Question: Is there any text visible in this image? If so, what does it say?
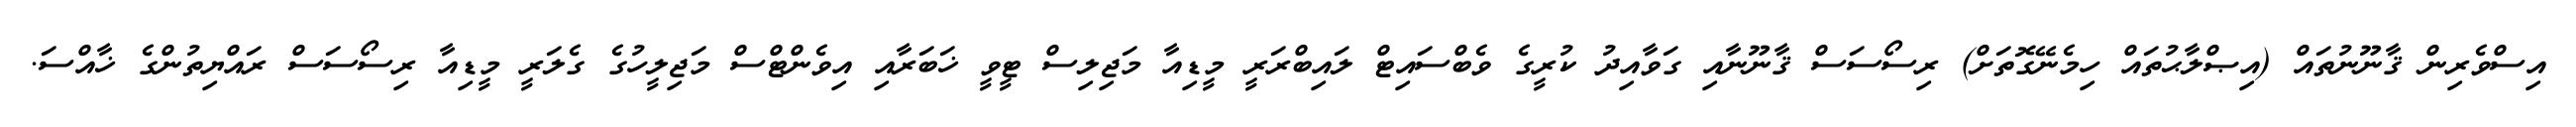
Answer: އިސްވެރިން ޤާނޫނުތައް (އިޞްލާޙުތައް ހިމެނޭގޮތަށް) ރިސޯސަސް ޤާނޫނާއި ގަވާއިދު ކުރީގެ ވެބްސައިޓް ލައިބްރަރީ މީޑިއާ މަޖިލިސް ޓީވީ ޚަބަރާއި އިވެންޓްސް މަޖިލީހުގެ ގެލަރީ މީޑިއާ ރިސޯސަސް ރައްޔިތުންގެ ޚާއްސަ.